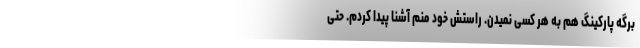
برگه پارکینگ هم به هر کسی نمیدن. راستش خودِ منم آشنا پیدا کردم. حتی